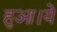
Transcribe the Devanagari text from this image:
हुआ।ये